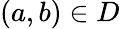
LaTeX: (a,b)\in D